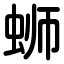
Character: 蛳